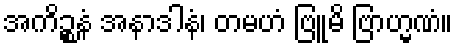
အကိဉ္စနံ အနာဒါနံ၊ တမဟံ ဗြူမိ ဗြာဟ္မဏံ။